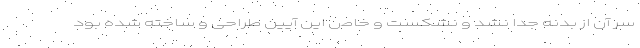
سرِ آن از بدنه جدا نشد و نشکست و خاص این آیین طراحی و ساخته شده بود